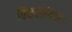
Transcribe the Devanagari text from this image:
विकलांगता।